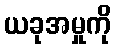
ယခုအမှုကို